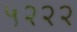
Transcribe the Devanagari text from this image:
५२२२